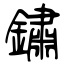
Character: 鏽